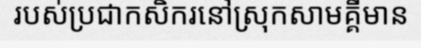
របស់ប្រជាកសិករនៅស្រុកសាមគ្គីមាន